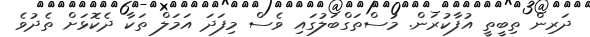
ދަރިން ތިބީތީ އުފާކުރަން. މުސްތަގްބަލުގައި ވެސް މިފަދަ އަމަލް ތަކާ ދެކޮޅަށް ތެދުވެ